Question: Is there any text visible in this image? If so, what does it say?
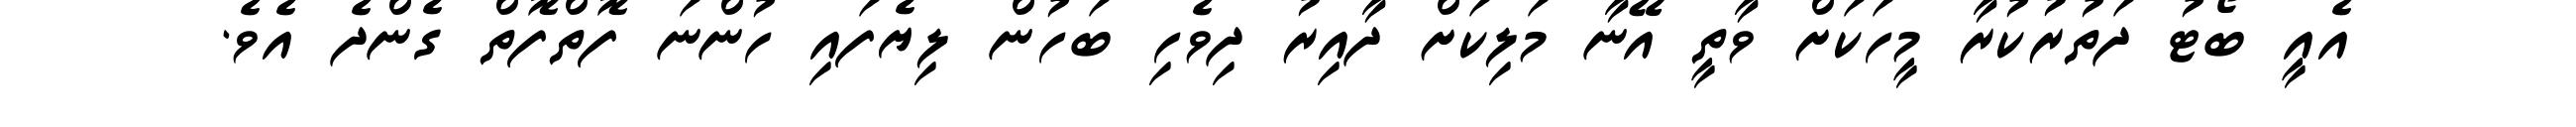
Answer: އެއީ ބޯޓު ދަތުރުކުރާ މީހަކަށް ވާތީ އޭނާ މަލިކަށް ދާއިރު ދިވެހި ބަހުން ލިޔެފައި ހުންނަ ފޮތްފޮތް ގެންދެ އެވެ.